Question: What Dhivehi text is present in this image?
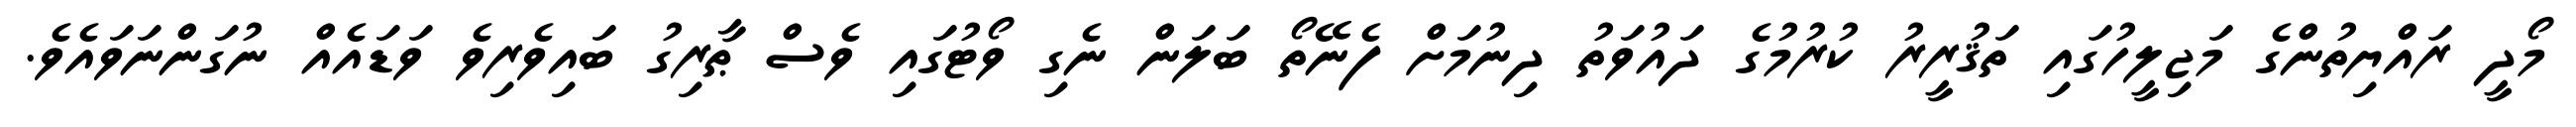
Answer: މޯދީ ރައްޔިތުންގެ މަޖިލީހުގައި ތަޤުރީރު ކުރުމުގެ ދައުވަތު ދިނުމަށް ފެނޭތޯ ބަލަން ނެގި ވޯޓުގައި ވެސް ޠާރިގު ބައިވެރިވެ ވަޑައެއް ނުގަންނަވައެވެ.